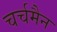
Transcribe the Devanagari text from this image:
चर्चमैन